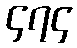
၄၇၄